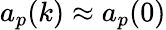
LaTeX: a_{p}(k)\approx a_{p}(0)